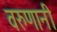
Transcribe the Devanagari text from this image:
वरुणानी